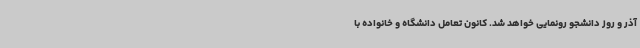
آذر و روز دانشجو رونمایی خواهد شد. کانون تعامل دانشگاه و خانواده با